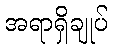
အရာရှိချုပ်